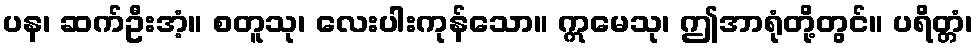
ပန၊ ဆက်ဦးအံ့။ စတူသု၊ လေးပါးကုန်သော။ ဣမေသု၊ ဤအာရုံတို့တွင်။ ပရိတ္တံ၊